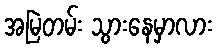
အမြဲတမ်း သွားနေမှာလား